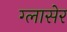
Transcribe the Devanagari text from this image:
ग्लासेर